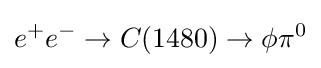
e^{+}e^{-}\to C(1480)\to \phi \pi ^{0}